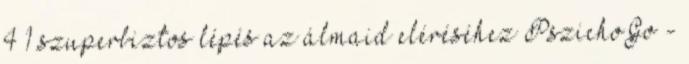
4 1 szuperbiztos lépés az álmaid eléréséhez PszichoGo -